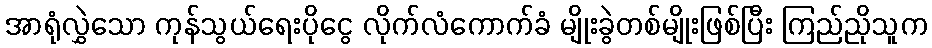
အာရုံလွှဲသော ကုန်သွယ်ရေးပိုငွေ လိုက်လံကောက်ခံ မျိုးခွဲတစ်မျိုးဖြစ်ပြီး ကြည်ညိုသူက